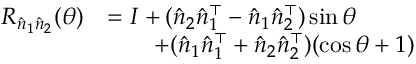
\begin{array} { r l } { R _ { \hat { n } _ { 1 } \hat { n } _ { 2 } } ( \theta ) } & { = I + ( \hat { n } _ { 2 } \hat { n } _ { 1 } ^ { \top } - \hat { n } _ { 1 } \hat { n } _ { 2 } ^ { \top } ) \sin \theta } \\ & { \qquad + ( \hat { n } _ { 1 } \hat { n } _ { 1 } ^ { \top } + \hat { n } _ { 2 } \hat { n } _ { 2 } ^ { \top } ) ( \cos \theta + 1 ) } \end{array}